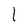
Character: l